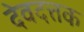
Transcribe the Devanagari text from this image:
देवदत्तक